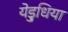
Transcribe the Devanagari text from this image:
येड़ुधिया